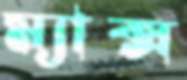
ম্যাক্স